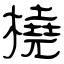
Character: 橈